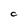
Character: C